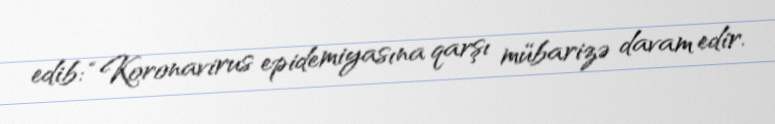
edib: “Koronavirus epidemiyasına qarşı mübarizə davam edir.